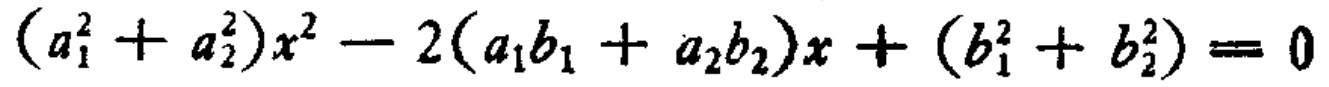
\((a_{1}^{2}+a_{2}^{2})x^{2}-2(a_{1}b_{1}+a_{2}b_{2})x+(b_{1}^{2}+b_{2}^{2}) = 0\)